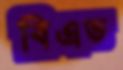
বিএড